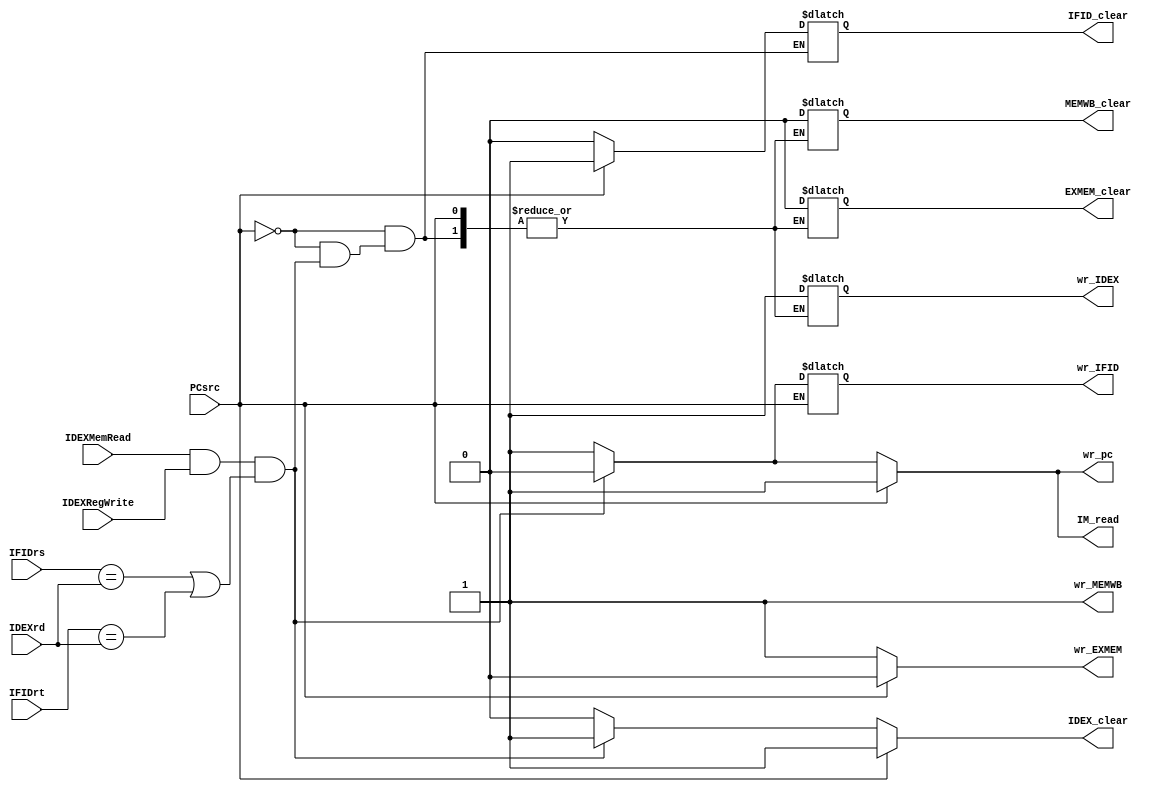
module HazardDec(IFIDrs,IFIDrt,IDEXrd,PCsrc,IDEXMemRead,IDEXRegWrite,
		 IM_read,wr_pc,IFID_clear,wr_IFID,IDEX_clear,wr_IDEX,
		 EXMEM_clear,wr_EXMEM,MEMWB_clear,wr_MEMWB);

input PCsrc,IDEXMemRead,IDEXRegWrite;
input [3:0] IFIDrs,IFIDrt,IDEXrd;

output wr_pc,IM_read,IFID_clear,wr_IFID,IDEX_clear,wr_IDEX,
	 EXMEM_clear,wr_EXMEM,MEMWB_clear,wr_MEMWB;

reg jump, IMread, IFflush, IFwr, IDflush, IDwr,
	EXflush, EXwr, MEMflush,MEMwr;

initial begin
		#25
		jump = 1'b1; //enable all writes
		IMread = 1'b1;
		IFwr = 1'b1;
end 

//be on alert for any signal
always @ (PCsrc,IDEXMemRead,IDEXRegWrite,IFIDrs,IFIDrt,IDEXrd)
begin
	//check for control hazard first
	if(PCsrc)begin
	/* Need to flush IFID and IDEX pipelines
	   Disable writes to EXMEM just to ensure data from IDEX can't access that register
	   Let MEMWB register propogate values
	*/
		jump = 1'b1;
		IMread = 1'b1;
		IFflush = 1'b1;
		IDflush = 1'b1;
		MEMwr = 1'b1;
		EXwr = 1'b0;
	/* Next deal with Load Use Hazards
	   In this case, stall the pipeline for 1 cycle based on IDEX.MemRead		
	*/
	end else if(IDEXMemRead && IDEXRegWrite && ((IFIDrs == IDEXrd)||(IFIDrt==IDEXrd)))begin
	// Stall the pipeline
		EXwr = 1'b1;
		MEMwr = 1'b1;
		jump = 1'b0;//stall PC
		IFwr = 1'b0;
		IDflush = 1'b1; //flush IDEX
		IMread = 1'b0;
	end else begin
	// Normal operation
	// Note: EX hazards that are not load use will be handled by forwarding unit
		IFflush = 1'b0; //want to deassert all clear signals in case of no hazards
		IDflush = 1'b0;
		EXflush = 1'b0;
		MEMflush = 1'b0;
		jump = 1'b1; //enable all writes
		IMread = 1'b1;
		IFwr = 1'b1;
		IDwr = 1'b1;
		EXwr = 1'b1;
		MEMwr = 1'b1;
	end
end

assign wr_pc = jump;//control sig to write to PC
assign IM_read = IMread; //control for IM 
assign IFID_clear = IFflush; //flush instruction in IF phase
assign wr_IFID = IFwr; 
assign IDEX_clear = IDflush;
assign wr_IDEX = IDwr;
assign EXMEM_clear = EXflush;
assign wr_EXMEM = EXwr;
assign MEMWB_clear = MEMflush;
assign wr_MEMWB = MEMwr;

endmodule